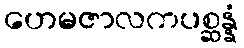
ဟေမဇာလကပစ္ဆန္နံ